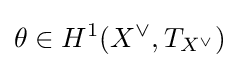
\theta \in H^{1}(X^{\vee },T_{X^{\vee }})